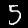
Label: 5